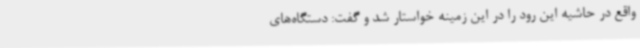
واقع در حاشیه این رود را در این زمینه خواستار شد و گفت: دستگاه‌های